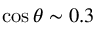
\cos \theta \sim 0 . 3